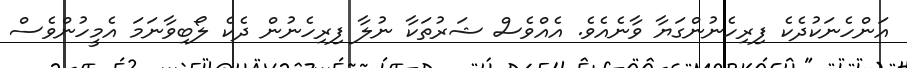
އަންހެނަކުދެކެ ފިރިހެނުންގަޔާ ވާނެއެވެ. އެއްވެސް ޝަރުތަކާ ނުލާ ފިރިހެނުން ދެކެ ލޯބިވާނަމަ އެމީހުންވެސް